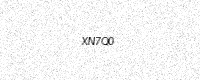
Text: XN7Q0